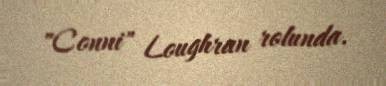
"Conni" Loughran rolunda.